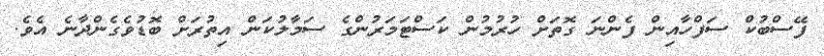
ފޭސްބުކް ސަފްހާއިން ފެންނަ ގޮތަށް ހުރުމުން ކަސްޓަމަރުންގެ ސަމާލުކަން އިތުރަށް ބޮޑުވެގެންދާނެ އެވެ.